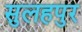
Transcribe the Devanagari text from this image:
सुलहपुर